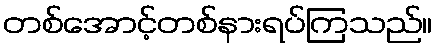
တစ်အောင့်တစ်နားရပ်ကြသည်။